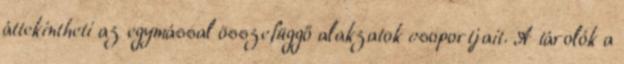
áttekintheti az egymással összefüggő alakzatok csoportjait. A tárolók a